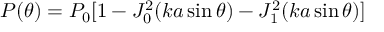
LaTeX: P ( \theta ) = P _ { 0 } [ 1 - J _ { 0 } ^ { 2 } ( k a \sin \theta ) - J _ { 1 } ^ { 2 } ( k a \sin \theta ) ]